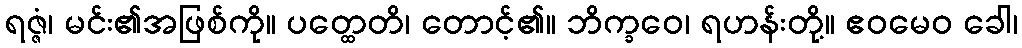
ရဇ္ဇံ၊ မင်း၏အဖြစ်ကို။ ပတ္ထေတိ၊ တောင့်၏။ ဘိက္ခဝေ၊ ရဟန်းတို့။ ဧဝမေဝ ခေါ၊